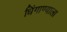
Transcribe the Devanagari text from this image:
धिंगाण्याला